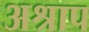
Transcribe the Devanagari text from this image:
अश्राप